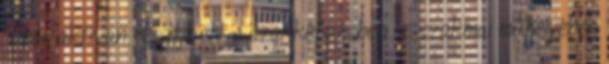
Tibor aktívan részt vett a szakképzésben is, szakmai mûhelyében